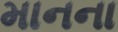
માનના